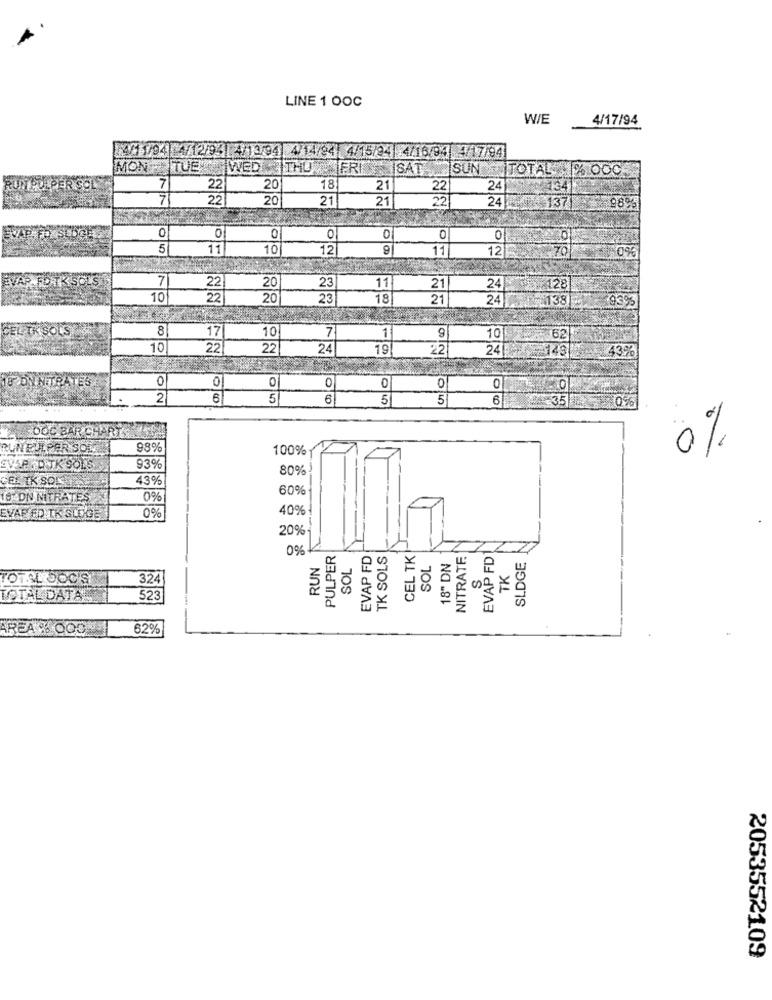
LINE 1 0OC
W/E
4/17/94
4/1 1/94 4/12/93 4/13/94 4/14/94 4/15/24 4/16/94 4/17/94
MON TUE WED THU FRI
SAT SUN TOTAL % OOC.
7
22
20
18
21
22
24
134
7
22
20
21
21
22
24
137|
0
0
0
0
0
0
0
5
11
10
12
9
11
12
7
23
22
20
11
21
24
128
10
22
20
23
18
21
24
138
19395
CEL TK SOLS
8
17
10
7
9
1
10
62
10
22
22
24
19
22
241
143
43%
0
18 DNNITRATES
01
0
0
0
0
2
6
5
6
5
5
6
35
0%
DOC BAR CHA
RUNEULPER SOM
98%
100%
0%
PAP .D.TK SOLS
93%
80%
43%
60%
DN NITRATES
0%
40%
EVAP FD IK SLOGE
0%
20%
0%
PULPER
EVAP FD
TK SOLS
CEL TK
NITRATE
EVAP FD
RUN
SOL
SOL
18" DN
SLDGE
TK
TOTAL SOCIS
324
TOTAL DATA
523
AREA & COON
62%
2053552109